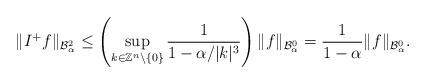
LaTeX: \begin{align*}\|I^{+}f\|_{\mathcal{B}_{\alpha}^{2}}\leq \left(\sup_{k\in\mathbb{Z}^{n}\setminus\{0\}}\frac{1}{1-\alpha/|k|^{3}}\right)\|f\|_{\mathcal{B}_{\alpha}^{0}}= \frac{1}{1-\alpha}\|f\|_{\mathcal{B}_{\alpha}^{0}}.\end{align*}